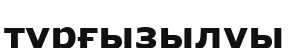
тұрғызылуы